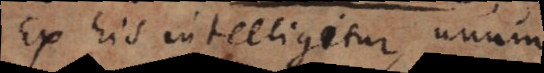
Ex his intelligitur unum